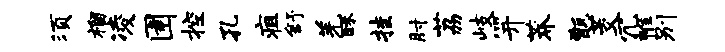
须榴凌圉控孔疽舒羌酥挂肘荔岐笄莽甑茭冗帷别